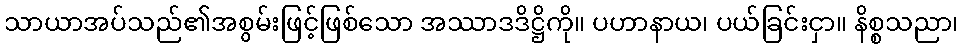
သာယာအပ်သည်၏အစွမ်းဖြင့်ဖြစ်သော အဿာဒဒိဋ္ဌိကို။ ပဟာနာယ၊ ပယ်ခြင်းငှာ။ နိစ္စသညာ၊